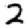
Digit: 2